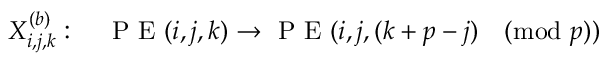
X _ { i , j , k } ^ { ( b ) } : \quad \mathrm { ~ P ~ E ~ } ( i , j , k ) \rightarrow \mathrm { ~ P ~ E ~ } ( i , j , ( k + p - j ) \pmod p )